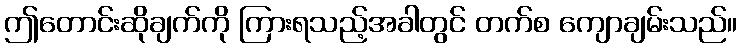
ဤတောင်းဆိုချက်ကို ကြားရသည့်အခါတွင် တက်စ ကျောချမ်းသည်။